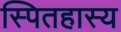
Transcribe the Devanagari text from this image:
स्पितहास्य